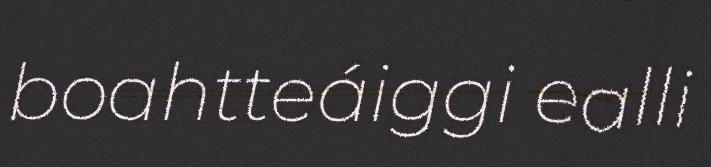
boahtteáiggi ealli